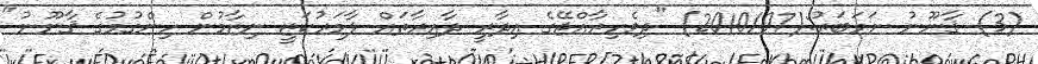
(3) ޤާނޫނު ނަމަބަރު:(2010/07) "ދިވެހިރާއްޖޭގެ އިދާރީ ދާއިރާތައް ލާމަރުކަޒީ ނިޒާމުން ހިންގުމުގެ ޤާނޫނު"